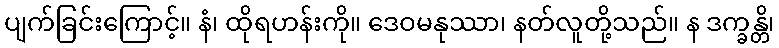
ပျက်ခြင်းကြောင့်။ နံ၊ ထိုရဟန်းကို။ ဒေဝမနုဿာ၊ နတ်လူတို့သည်။ န ဒက္ခန္တိ၊